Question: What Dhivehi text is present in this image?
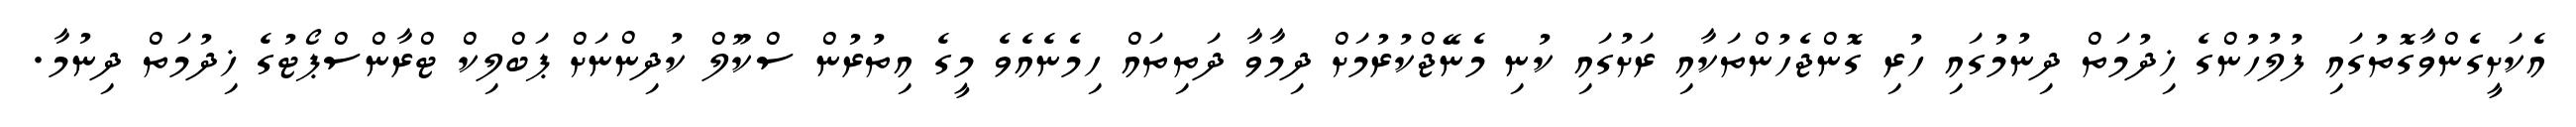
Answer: އެކަށީގެންވާގޮތުގައި ފުލުހުންގެ ޚިދުމަތް ދިނުމުގައި ހުރި ގޮންޖެހުންތަކާއި ރަށުގައި ކުނި މެނޭޖްކުރުމަށް ދިމާވާ ދަތިތައް ހިމެނެއެވެ މީގެ އިތުރުން ސްކޫލް ކުދިންނަށް ޕަބްލިކް ޓްރާންސްޕޯޓުގެ ޚިދުމަތް ދިނުމާ.